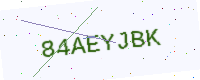
Text: 84AEYJBK